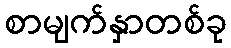
စာမျက်နှာတစ်ခု